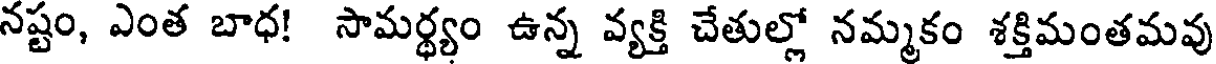
నష్టం, ఎంత బాధ! సామర్థ్యం ఉన్న వ్యక్తి చేతుల్లో నమ్మకం శక్తిమంతమవు